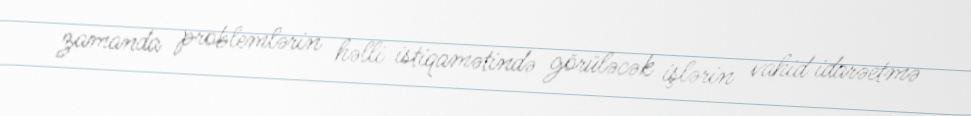
zamanda problemlərin həlli istiqamətində görüləcək işlərin vahid idarəetmə